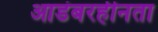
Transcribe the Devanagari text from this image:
आडंबरहीनता